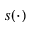
s ( \cdot )